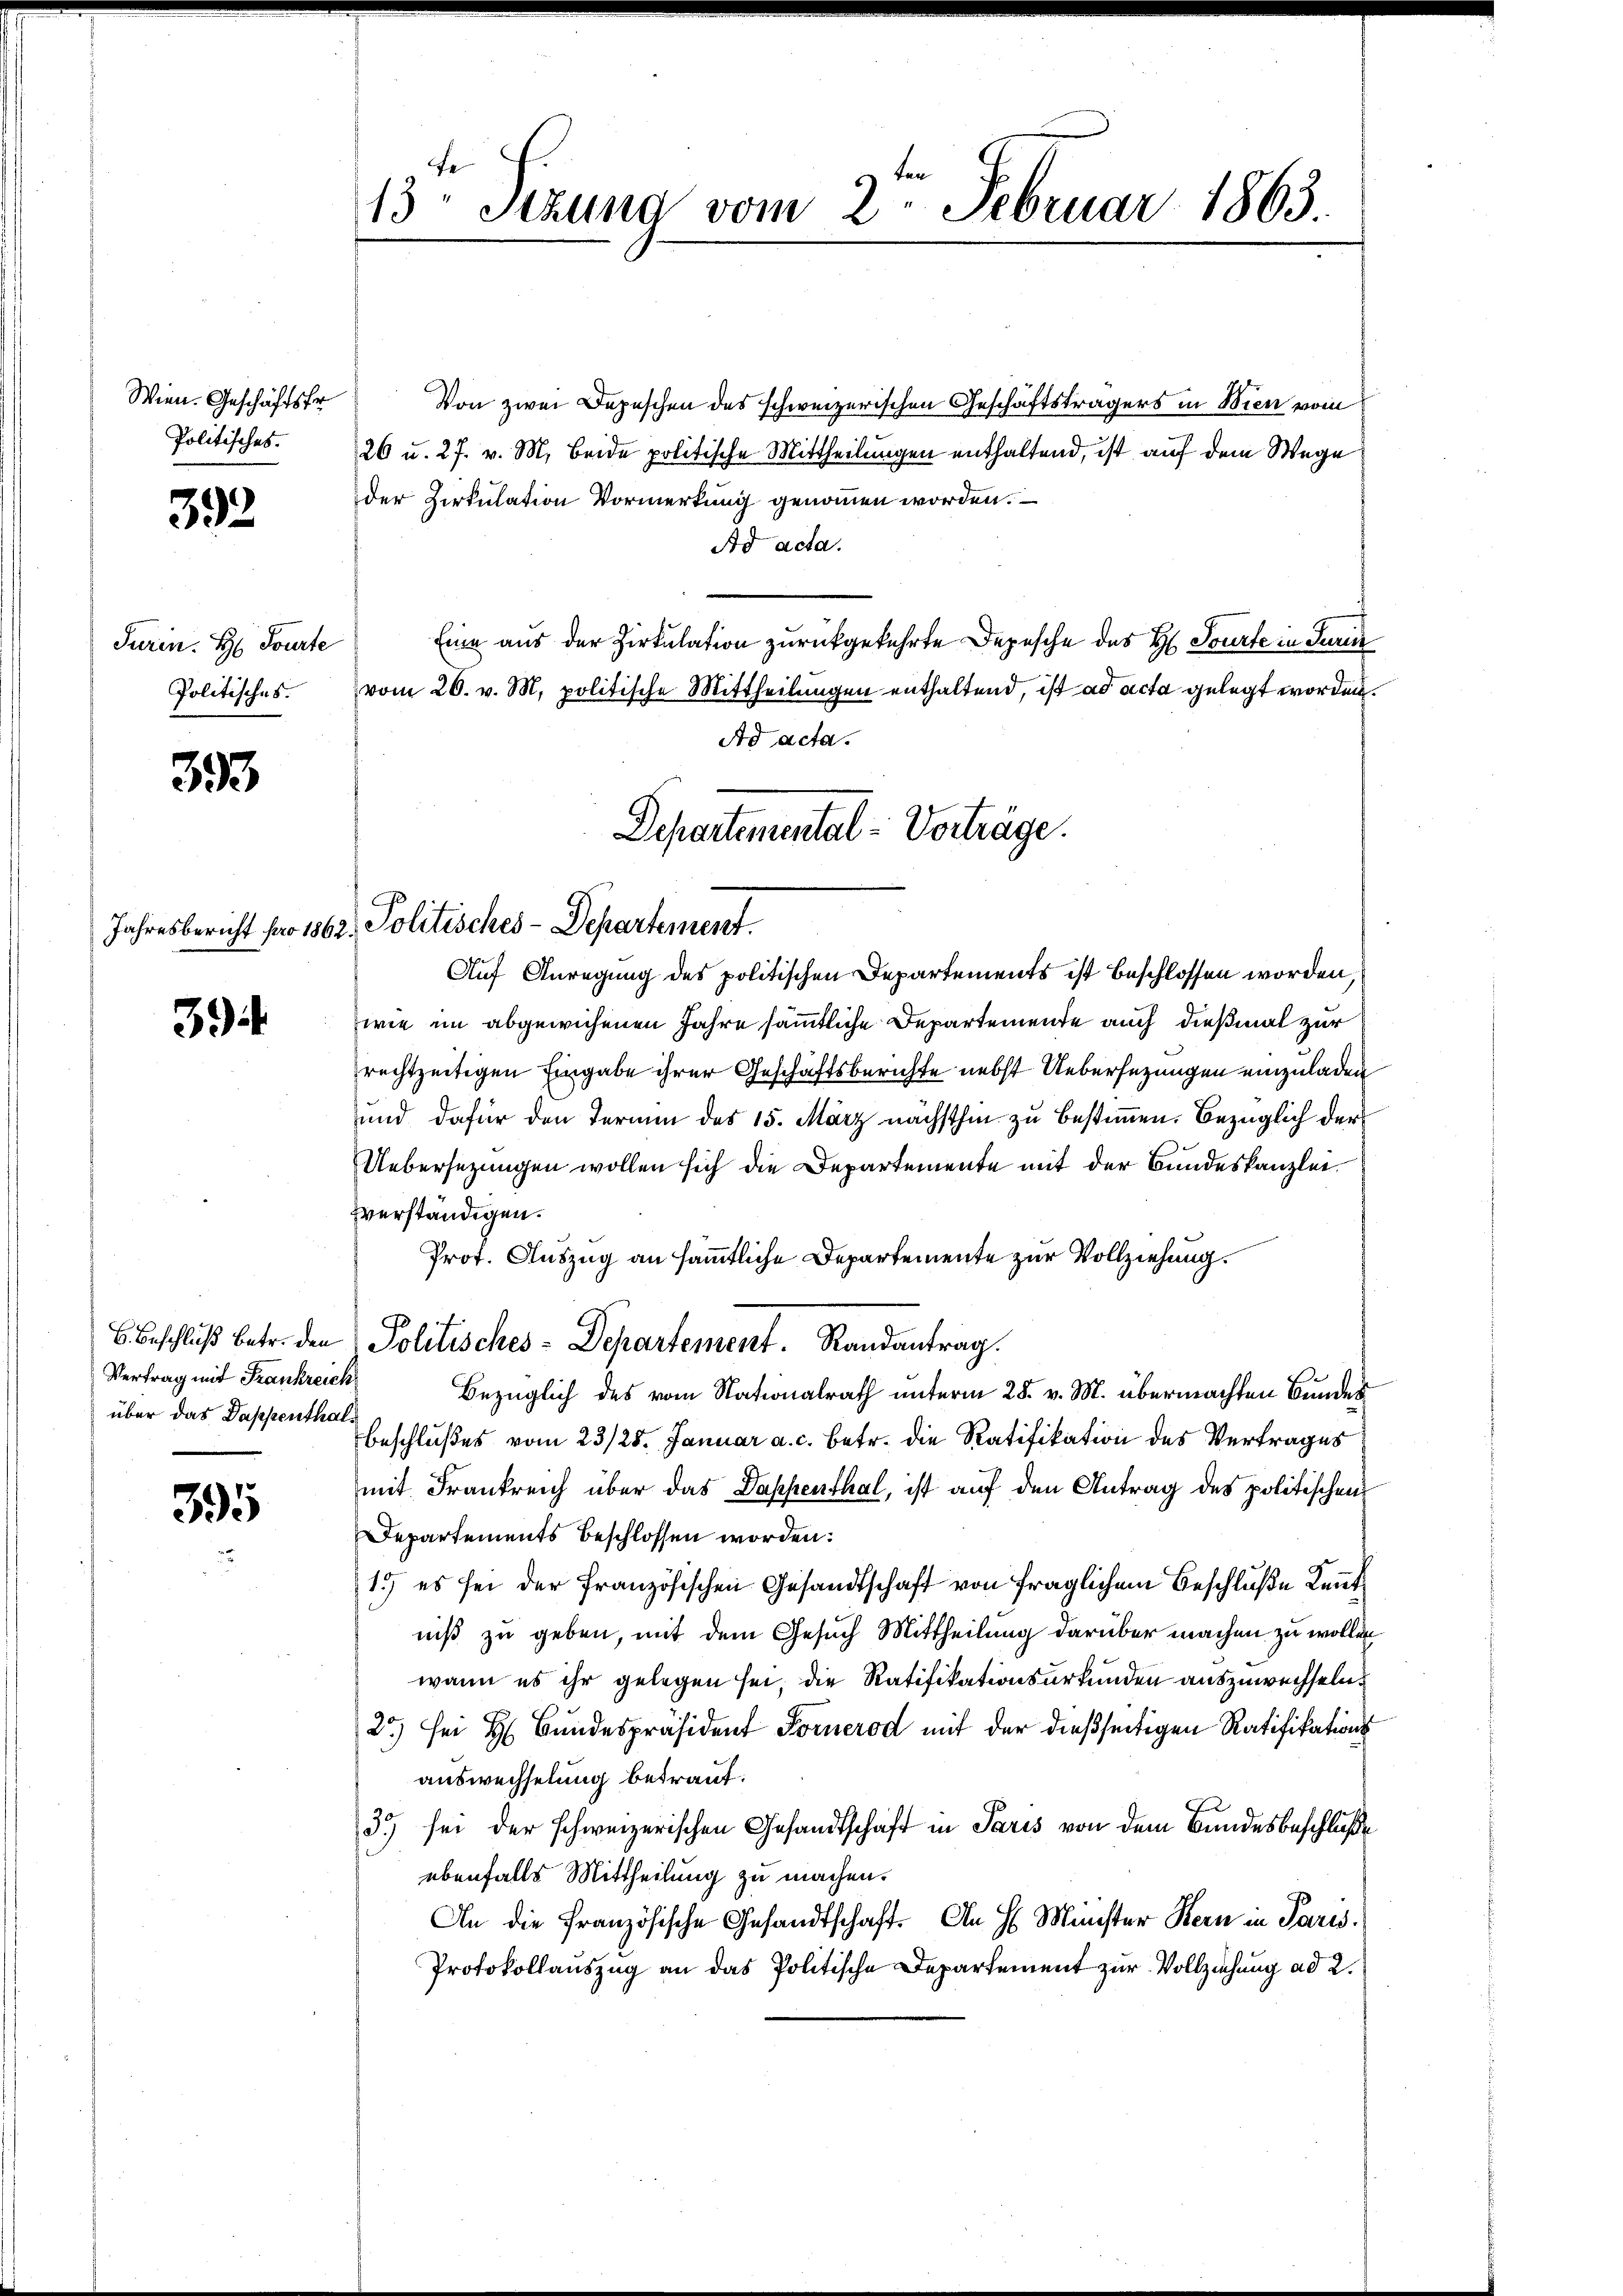
Wien. Geschäftsfr
Politisches.

392

Turin. H. Tourte
Politisches.

393

39

Vertrag mit Frankreich
über das Dappenthal.

395

Von zwei Depeschen des schweizerischen Geschäftsträgers in Wien vom
26 u. 27. v. M. Beide politische Mittheilungen enthaltend, ist auf dem Wege
der Zirkulation Vormerkung genommen worden.
Ad acta.
Eine aus der Zirkulation zurückgekehrte Depesche des H. Tourte in Turin
vom 26. v. M. politische Mittheilungen enthaltend, ist ad acta gelegt worden.
Ad acta.
Departemental-Vorträge.

Auf Anregung des politischen Departements ist beschlossen worden,
wie im abgewichenen Jahre sämmtliche Departemente auch dießmal zur
rechtzeitigen Eingabe ihrer Geschäftsberichte nebst Uebersezungen einzuladen
und dafür den Termin des 15. März nächsthin zu bestimmen. Bezüglich der
Uebersezungen wollen sich die Departemente mit der Bundeskanzlei
fverständigen.
Prot. Auszug an sämmtliche Departemente zur Vollziehung.
Bezüglich des vom Nationalrath unterm 28. v. M. übermachten Bundes
Beschlußes vom 23/25. Januar a. c. betr. die Ratifikation des Vertrages
mit Frankreich über das Dappenthal, ist auf den Antrag des politischen
Departements beschlossen worden.
1.) es sei der Französischen Gesandtschaft von fraglichem Beschluße Kennt
niß zu geben, mit dem Gesuch Mittheilung darüber machen zu wollen
wann es ihr gelegen sei, die Ratifikationsurkunden auszuwechseln.
25.) Der H. Bundespräsident Fornerod mit der dießseitigen Ratifikationsauswechselung betraut.
3) sei der schweizerischen Gesandtschaft in Paris von dem Bundesbeschluße
ebenfalls Mittheilung zu machen.
An die Französische Gesandtschaft. An H. Münster Bern in Paris.
Protokollauszug an das Politische Departement zur Vollziehung ad 2.

13. Sizung vom 2. Februar 1863

Jahresbericht pro 1862. Politisches-Departement.

6. Beschluß betr. den Politisches-Departement. Randantrag.